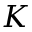
K